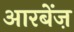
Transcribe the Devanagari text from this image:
आरबेंज़